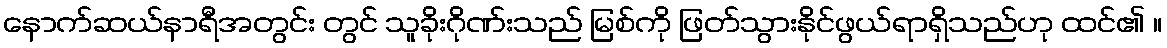
နောက်ဆယ်နာရီအတွင်း တွင် သူခိုးဂိုဏ်းသည် မြစ်ကို ဖြတ်သွားနိုင်ဖွယ်ရာရှိသည်ဟု ထင်၏ ။